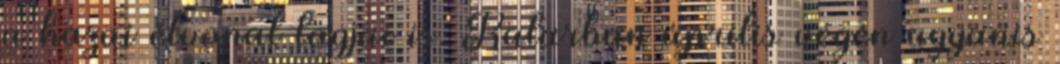
a hazai élvonal tagjai is. Katarban április végén ugyanis